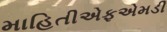
માહિતીએફએમડી